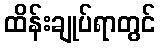
ထိန်းချုပ်ရာတွင်